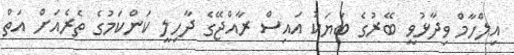
އިލްހާމް ވިދާޅުވީ ބޭރުގެ ބަޔަކު އައިސް ރާއްޖޭގެ ދާހިލީ ކަންކަމުގެ ތެރެއަށް އަތް